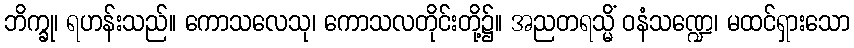
ဘိက္ခု၊ ရဟန်းသည်။ ကောသလေသု၊ ကောသလတိုင်းတို့၌။ အညတရသ္မိံ ဝနံသဏ္ဍေ၊ မထင်ရှားသော